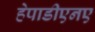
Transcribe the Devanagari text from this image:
हेपाडीएनए